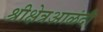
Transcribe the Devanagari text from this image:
श्रीक्षेत्रआळंदी